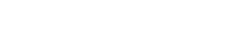
ခင်ဗျားမှာ ဖြတ်သန်းခွင့် မရှိဘူး။